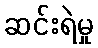
ဆင်းရဲမှု